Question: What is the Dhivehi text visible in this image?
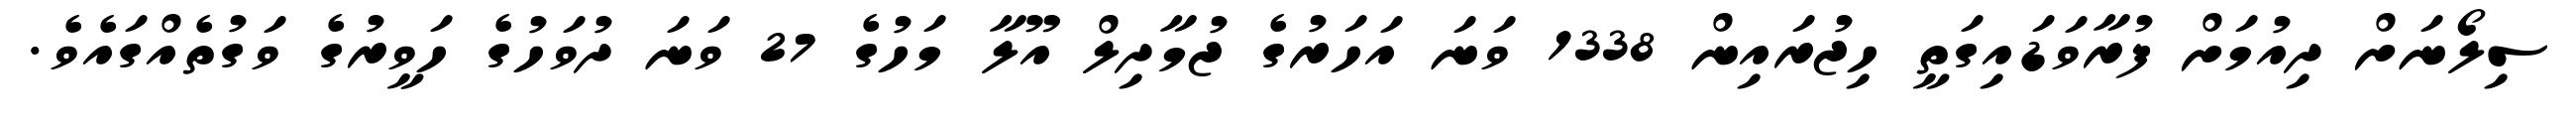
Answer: ސިލޯނަށް ދިއުމަށް ފުރާވަޑައިގަތީ ހިޖުރައިން 1338 ވަނަ އަހަރުގެ ޖުމާދިލް އޫލާ މަހުގެ 27 ވަނަ ދުވަހުގެ ހަވީރުގެ ވަގުތެއްގައެވެ.